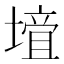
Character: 𡐁